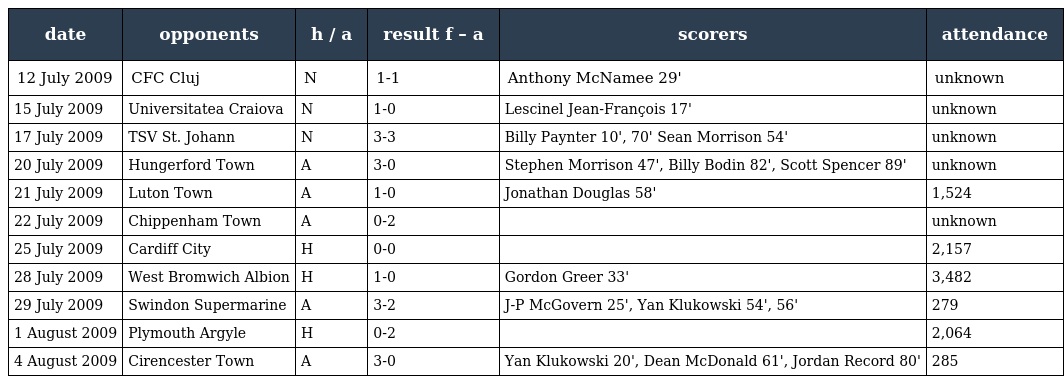
| date | opponents | h / a | result f – a | scorers | attendance |
 | --- | --- | --- | --- | --- | --- |
 | 12 July 2009 | CFC Cluj | N | 1-1 | Anthony McNamee 29' | unknown |
 | 15 July 2009 | Universitatea Craiova | N | 1-0 | Lescinel Jean-François 17' | unknown |
 | 17 July 2009 | TSV St. Johann | N | 3-3 | Billy Paynter 10', 70' Sean Morrison 54' | unknown |
 | 20 July 2009 | Hungerford Town | A | 3-0 | Stephen Morrison 47', Billy Bodin 82', Scott Spencer 89' | unknown |
 | 21 July 2009 | Luton Town | A | 1-0 | Jonathan Douglas 58' | 1,524 |
 | 22 July 2009 | Chippenham Town | A | 0-2 |  | unknown |
 | 25 July 2009 | Cardiff City | H | 0-0 |  | 2,157 |
 | 28 July 2009 | West Bromwich Albion | H | 1-0 | Gordon Greer 33' | 3,482 |
 | 29 July 2009 | Swindon Supermarine | A | 3-2 | J-P McGovern 25', Yan Klukowski 54', 56' | 279 |
 | 1 August 2009 | Plymouth Argyle | H | 0-2 |  | 2,064 |
 | 4 August 2009 | Cirencester Town | A | 3-0 | Yan Klukowski 20', Dean McDonald 61', Jordan Record 80' | 285 |